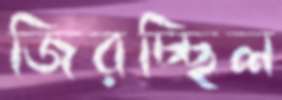
জিরচ্ছিল